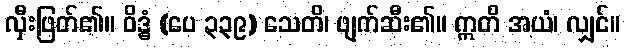
လှီးဖြတ်၏။ ဝိဒ္ဓံ (ပေ ၃၃၉) သေတိ၊ ဖျက်ဆီး၏။ ဣတိ အယံ၊ လျှင်။